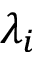
\lambda _ { i }